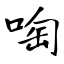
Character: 啕